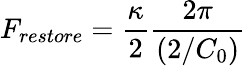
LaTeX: F_{restore}=\frac{\kappa}{2}\frac{2\pi}{(2/C_{0})}